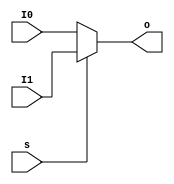
`timescale 1ns / 1ps
//////////////////////////////////////////////////////////////////////////////////
// Company: 
// Engineer: 
// 
// Design Name: 
// Module Name:    MUX2T1_5 
// Project Name: 
// Target Devices: 
// Tool versions: 
// Description: 
//
// Dependencies: 
//
// Revision: 
// Revision 0.01 - File Created
// Additional Comments: 
//
//////////////////////////////////////////////////////////////////////////////////
module MUX2T1_5(input [4:0] I0,input[4:0] I1, input s, output [4:0] o
    );
	assign o=(s==0)?I0:I1;
endmodule